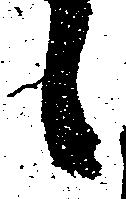
候